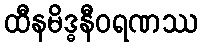
ထီနမိဒ္ဓနီဝရဏဿ